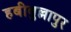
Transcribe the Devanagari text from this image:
हबीबुल्लापुर